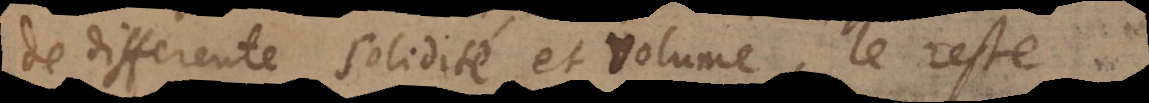
de differente solidité et volume, le reste